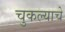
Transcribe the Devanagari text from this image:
चुकल्याचे